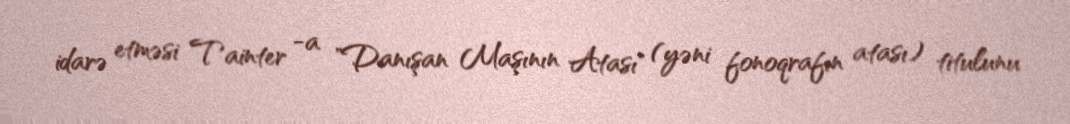
idarə etməsi Tainter -a "Danışan Maşının Atası" (yəni fonoqrafın atası) titulunu